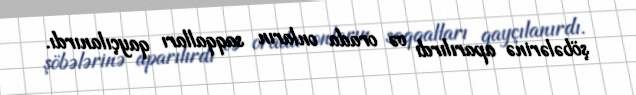
şöbələrinə aparılırdı və orada onların saqqalları qayçılanırdı.